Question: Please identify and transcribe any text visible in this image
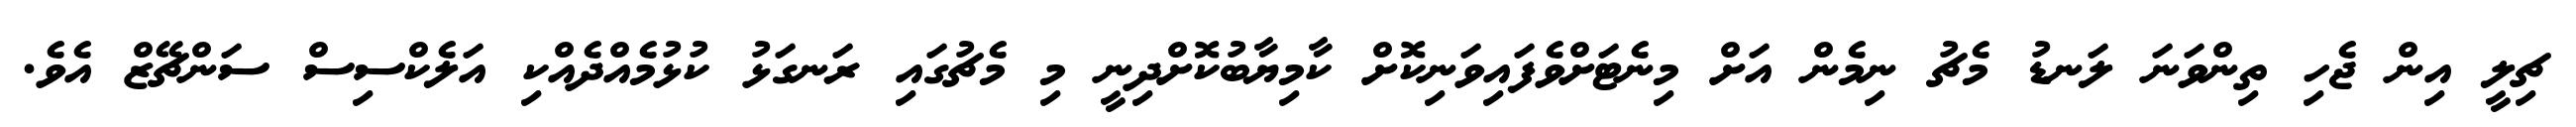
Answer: ޗިލީ އިން ޖެހި ތިންވަނަ ލަނޑު މެޗު ނިމެން އަށް މިނެޓަށްވެފައިވަނިކޮށް ކާމިޔާބުކޮށްދިނީ މި މެޗުގައި ރަނގަޅު ކުޅުމެއްދެއްކި އަލެކްސިސް ސަންޗޭޒް އެވެ.